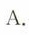
A.